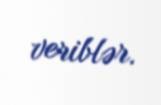
veriblər.